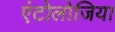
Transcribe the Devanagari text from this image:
एंटोलोजिया